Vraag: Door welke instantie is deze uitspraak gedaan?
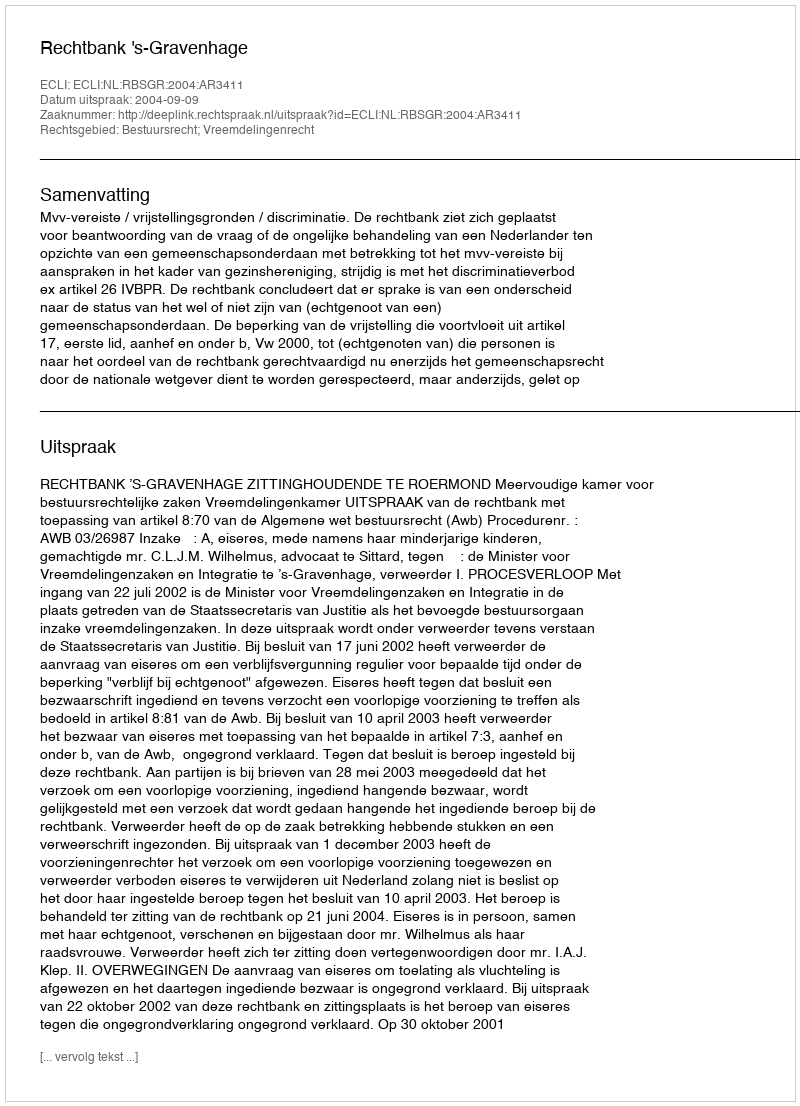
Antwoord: Rechtbank 's-Gravenhage